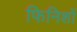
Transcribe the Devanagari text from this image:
फिनिशों